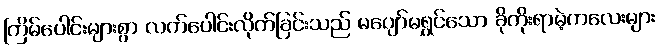
ကြိမ်ပေါင်းများစွာ လက်ပေါင်းလိုက်ခြင်းသည် မပျော်မရွှင်သော ခိုကိုးရာမဲ့ကလေးများ